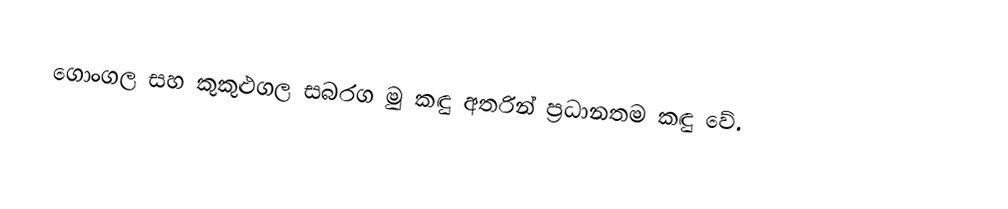
ගොංගල සහ කුකුළුගල සබරග මු කඳු අතරින් ප්‍රධානතම කඳු වේ.